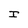
Character: I